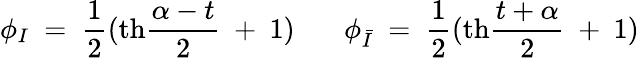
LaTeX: \phi_{I}~=~{\frac{1}{2}}(\mathrm{th}{\frac{\alpha-t}{2}}~+~1)~~~~~~~\phi_{\bar{I}}~=~{\frac{1}{2}}(\mathrm{th}{\frac{t+\alpha}{2}}~+~1)